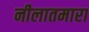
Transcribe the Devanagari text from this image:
नीलातमारा